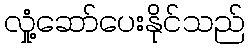
လှုံ့ဆော်ပေးနိုင်သည်